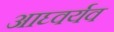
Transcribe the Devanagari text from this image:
आघ्वर्यव